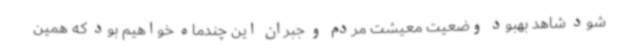
شود شاهد بهبود وضعیت معیشت مردم و جبران این چندماه خواهیم بود که همین